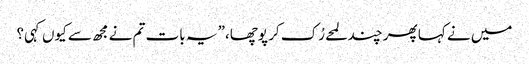
میں نے کہا پھر چند لمحے رُک کر پوچھا،” یہ بات تم نے مجھ سے کیوں کہی؟